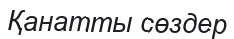
Қанатты сөздер